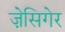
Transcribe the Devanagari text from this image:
ज़ेसिगेर